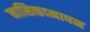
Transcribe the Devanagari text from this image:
नासिकामापन